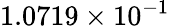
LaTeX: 1.0719\times 10^{-1}